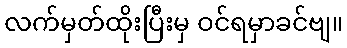
လက်မှတ်ထိုးပြီးမှ ဝင်ရမှာခင်ဗျ။